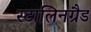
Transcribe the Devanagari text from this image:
स्टालिनग्रैड